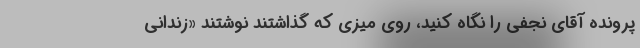
پرونده آقای نجفی را نگاه کنید، روی میزی که گذاشتند نوشتند «زندانی